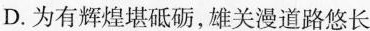
D.为有辉煌堪砥砺，雄关漫道路悠长